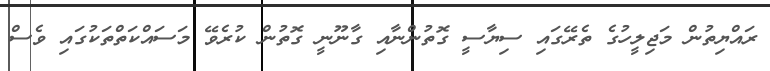
ރައްޔިތުން މަޖިލީހުގެ ތެރޭގައި ސިޔާސީ ގޮތުންނާއި ގާނޫނީ ގޮތުން ކުރެވޭ މަސައްކަތްތަކުގައި ވެސް